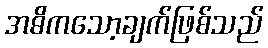
အဓိကသော့ချက်ဖြစ်သည်